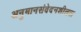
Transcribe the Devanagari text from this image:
अनुमानसंवेदनशीलता